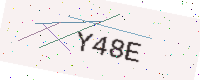
Text: Y48E